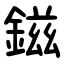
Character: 鎡